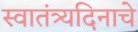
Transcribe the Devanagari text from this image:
स्वातंत्र्यदिनाचे